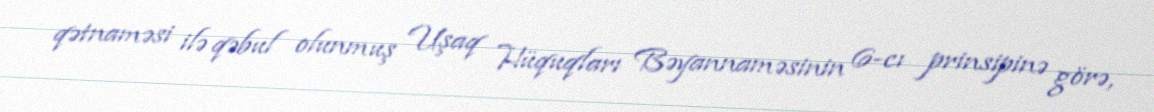
qətnaməsi ilə qəbul olunmuş Uşaq Hüquqları Bəyannaməsinin 6-cı prinsipinə görə,